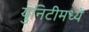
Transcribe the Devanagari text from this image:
युनिटीमध्ये